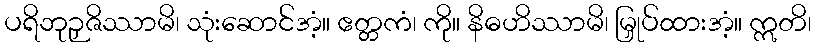
ပရိဘုဉှဇိဿာမိ၊ သုံးဆောင်အံ့။ ဧတ္တကံ၊ ကို။ နိဓဟိဿာမိ၊ မြှုပ်ထားအံ့။ ဣတိ၊